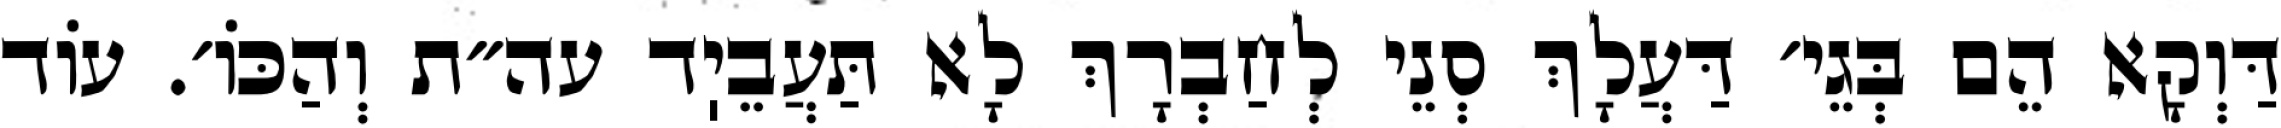
דַּוְקָא הֵם בְּגֵי׳ דַּעֲלָךְ סְנֵי לְחַבְרָךְ לָא תַּעֲבֵיֽד עה״ת וְהַכּוֹ׳. עוֹד